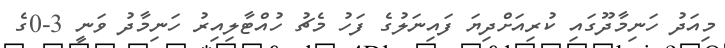
މިއަދު ހަނިމާދޫގައި ކުރިއަށްދިޔަ ފައިނަލުގެ ފަހު މެޗު ހުއްޓާލިއިރު ހަނިމާދު ވަނީ 3-0ގެ